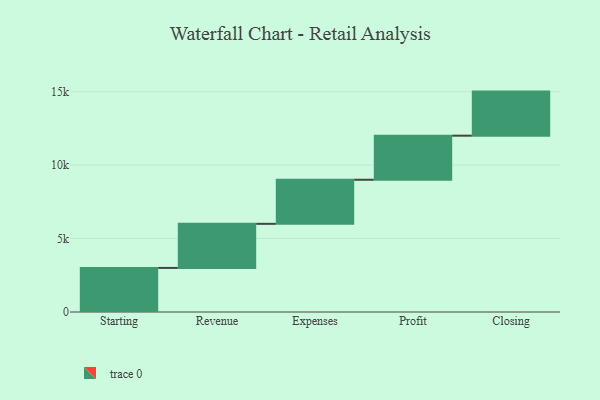
{"axis": {"x": "Step", "y": "Value"}, "legend": [""], "data": [{"x": "Starting", "y": 3000, "type": ""}, {"x": "Revenue", "y": 3000, "type": ""}, {"x": "Expenses", "y": 3000, "type": ""}, {"x": "Profit", "y": 3000, "type": ""}, {"x": "Closing", "y": 3000, "type": ""}]}